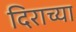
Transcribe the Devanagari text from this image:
दिराच्या